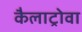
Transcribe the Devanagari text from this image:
कैलाट्रोवा